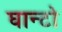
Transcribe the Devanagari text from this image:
घान्टो